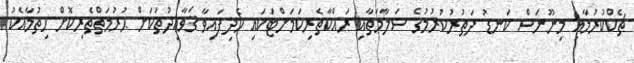
ޗެކްކުރުމާއި މިނޫނަސް ކަނޑު ދަތުރުކުރުމުގެ ސަލާމަތާއި ރައްކާތެރިކަމަށްޓަކައި ހެދިފައިވާ ޤަވާޢިދުތަކަށް ޙުރުމަތްތެރިކޮށް ހިތުމާއެކު